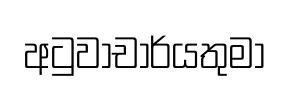
අටුවාචාර්යතුමා